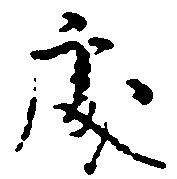
処